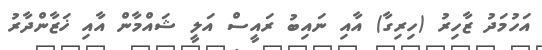
އަހުމަދު ޒާހިރު (ހިރިގާ) އާއި ނައިބު ރައީސް އަލީ ޝައްމާން އާއި ޚަޒާންދާރު